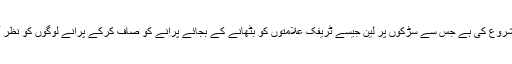
ازمر میٹروپولیٹن بلدیہ نے ایک درخواست شروع کی ہے جس سے سڑکوں پر لین جیسے ٹریفک علامتوں کو بٹھانے کے بجائے پرانے کو صاف کرکے پرانے لوگوں کو نظر آتا ہے ، بائیسکل سڑکوں پر انتباہی نشانات۔